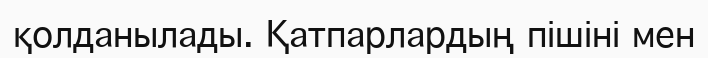
қолданылады. Қатпарлардың пішіні мен